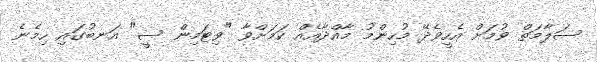
ސަލާމަތް ވުމަށް އެހީވެދޭ މުހިންމު މާއްދާއެއް ކަމަށްވާ "ވިޓަމިން ސީ" އަނބުގައި ހިމެނެ